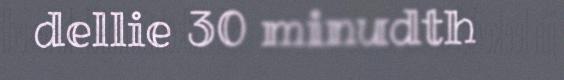
dellie 30 minudth